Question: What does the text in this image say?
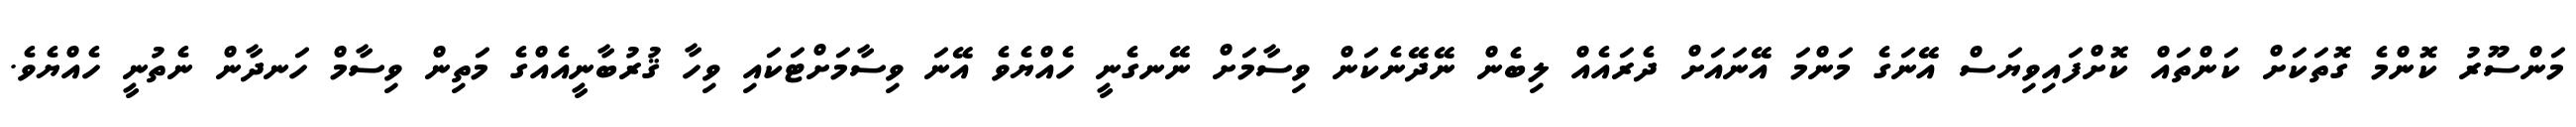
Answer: މަންސޫރު ކޮންމެ ގޮތަކަށް ކަންތައް ކޮށްފައިވިޔަސް އޭނަގެ މަންމަ އޭނައަށް ދެރައެއް ލިބެން ނޭދޭނެކަން ވިސާމަށް ނޭނގެނީ ހެއްޔެވެ އޭނަ ވިސާމަށްޓަކައި ވިހާ ޤުރުބާނީއެއްގެ މަތިން ވިސާމް ހަނދާން ނެތުނީ ހެއްޔެވެ.